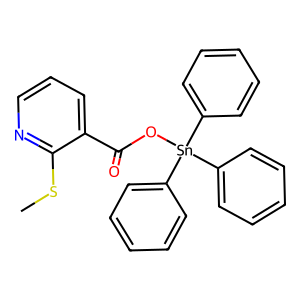
SMILES: CSc1ncccc1C(=O)O[Sn](c1ccccc1)(c1ccccc1)c1ccccc1
Inhibits HIV replication: No